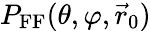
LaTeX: P_{\mathrm{FF}}(\theta,\varphi,\vec{r}_{0})